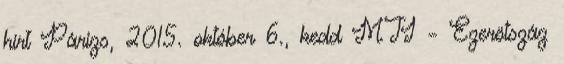
hírt Párizs, 2015. október 6., kedd MTI – Ezerötszáz